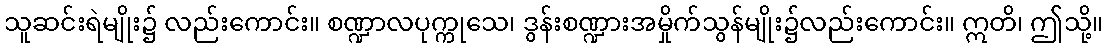
သူဆင်းရဲမျိုး၌ လည်းကောင်း။ စဏ္ဍာလပုက္ကုသေ၊ ဒွန်းစဏ္ဍားအမှိုက်သွန်မျိုး၌လည်းကောင်း။ ဣတိ၊ ဤသို့။